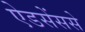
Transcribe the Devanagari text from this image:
ऐडसेंससे